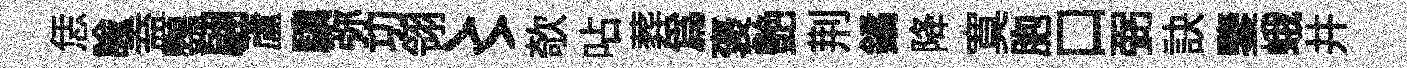
恁諭盍鸚翩蘆驥弥㓛翎〻欹呫葬爲褒艶荆鐍降寞胞口弼訣鑒蛾井